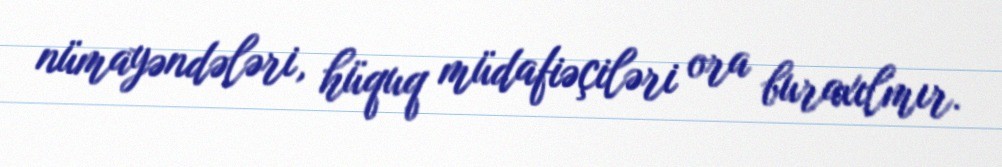
nümayəndələri, hüquq müdafiəçiləri ora buraxılmır.